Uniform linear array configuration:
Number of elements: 8
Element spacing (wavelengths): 0.5
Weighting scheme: kaiser
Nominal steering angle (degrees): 60
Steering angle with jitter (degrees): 59.0
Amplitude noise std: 0.05
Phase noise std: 0.05

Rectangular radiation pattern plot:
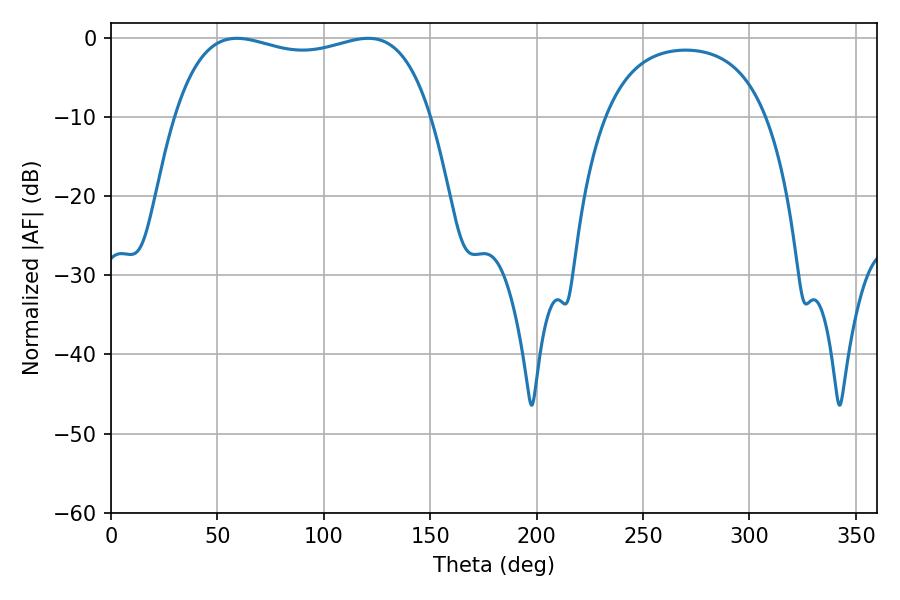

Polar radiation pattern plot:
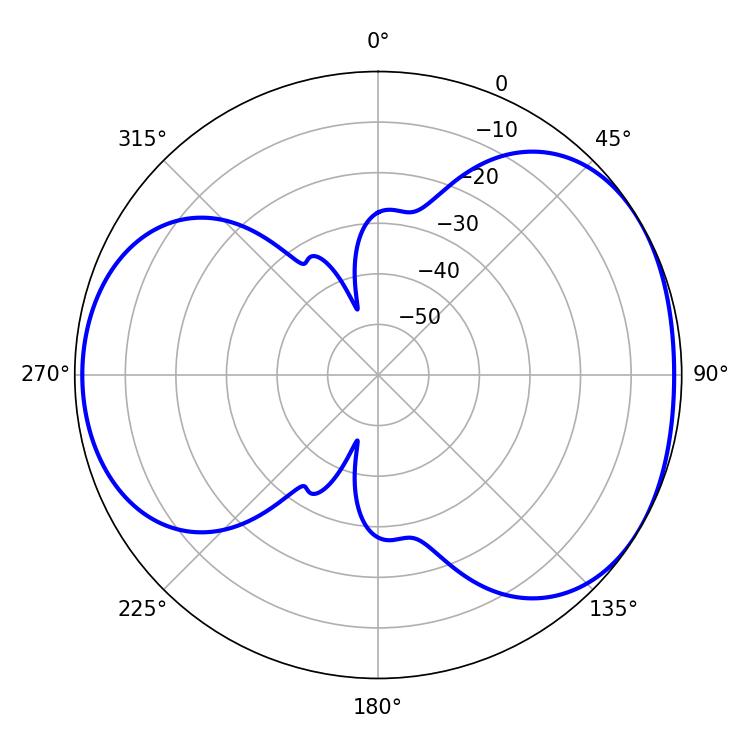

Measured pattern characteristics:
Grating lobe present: FALSE
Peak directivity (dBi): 4.392
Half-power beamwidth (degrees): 97.56
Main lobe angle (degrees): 59.22